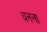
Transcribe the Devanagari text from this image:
धनला